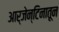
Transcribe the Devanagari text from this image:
आर्जेन्टिनातून